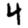
Digit: 4